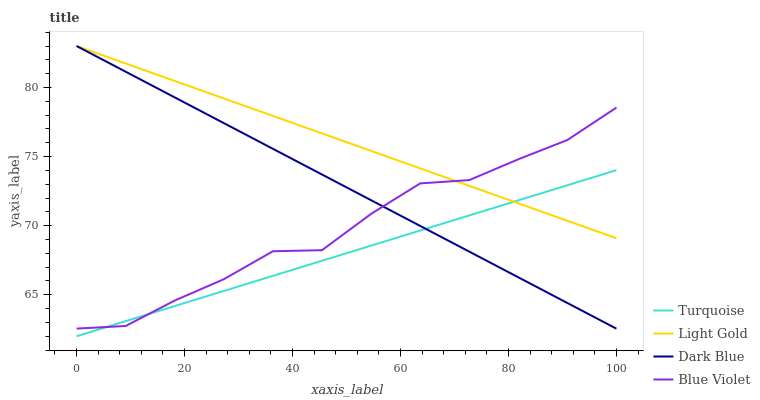
| xaxis_label | Turquoise | Light Gold | Dark Blue | Blue Violet |
 | --- | --- | --- | --- | --- |
 | 0 | 62 | 83 | 83 | 62.6 |
 | 9.09 | 63.1 | 81.7 | 81.1 | 62.7 |
 | 18.2 | 64.2 | 80.5 | 79.3 | 64.6 |
 | 27.3 | 65.3 | 79.2 | 77.4 | 66.1 |
 | 36.4 | 66.4 | 77.9 | 75.6 | 68.2 |
 | 45.5 | 67.5 | 76.7 | 73.7 | 68.2 |
 | 54.5 | 68.6 | 75.4 | 71.8 | 70.9 |
 | 63.6 | 69.6 | 74.1 | 70 | 73.1 |
 | 72.7 | 70.7 | 72.9 | 68.1 | 73.3 |
 | 81.8 | 71.8 | 71.6 | 66.3 | 74.8 |
 | 90.9 | 72.9 | 70.4 | 64.4 | 76.2 |
 | 100 | 74 | 69.1 | 62.5 | 78.5 |